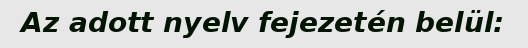
Az adott nyelv fejezetén belül: